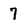
Character: 7